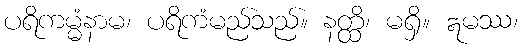
ပရိကမ္မံနာမ၊ ပရိကံမည်သည်။ နတ္ထိ၊ မရှိ။ ဣမဿ၊